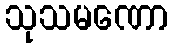
သုသမဏော